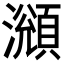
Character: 𤁫